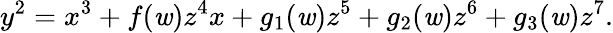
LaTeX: y^{2}=x^{3}+f(\mathit{w})z^{4}x+g_{1}(\mathit{w})z^{5}+g_{2}(\mathit{w})z^{6}+g_{3}(\mathit{w})z^{7}.